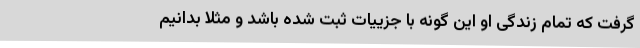
گرفت که تمام زندگی او این گونه با جزییات ثبت شده باشد و مثلا بدانیم